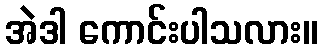
အဲဒါ ကောင်းပါသလား။